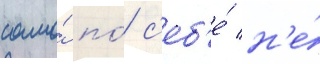
само́ по́ с'еб'е́ н'е́